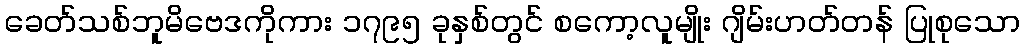
ခေတ်သစ်ဘူမိဗေဒကိုကား ၁၇၉၅ ခုနှစ်တွင် စကော့လူမျိုး ဂျိမ်းဟတ်တန် ပြုစုသော